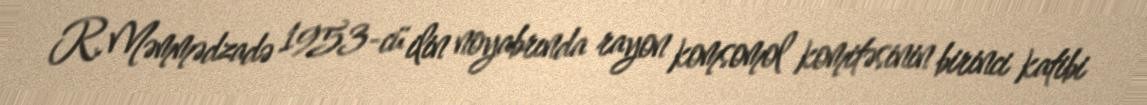
R.Məmmədzadə 1953-cü ilin noyabrında rayon komsomol komitəsinin birinci katibi